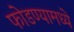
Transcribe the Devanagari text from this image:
फोडण्यामध्ये